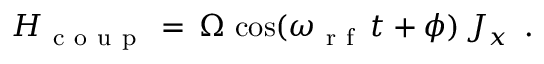
H _ { \mathrm { ~ c ~ o ~ u ~ p ~ } } \, = \, \Omega \, \cos ( \omega _ { \mathrm { ~ r ~ f ~ } } \, t + \phi ) \, J _ { x } \, \mathrm { ~ . ~ }